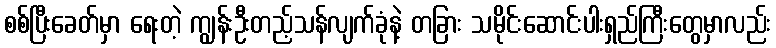
စစ်ပြီးခေတ်မှာ ရေးတဲ့ ကျွန်းဦးတည့်သန်လျက်ခုံနဲ့ တခြား သမိုင်းဆောင်းပါးရှည်ကြီးတွေမှာလည်း